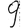
Digit: 9